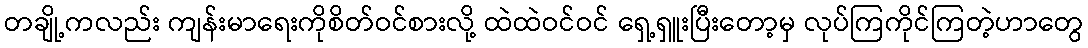
တချို့ကလည်း ကျန်းမာရေးကိုစိတ်ဝင်စားလို့ ထဲထဲဝင်ဝင် ရှေ့ရှူးပြီးတော့မှ လုပ်ကြကိုင်ကြတဲ့ဟာတွေ